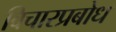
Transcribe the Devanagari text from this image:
विचारप्रबोध